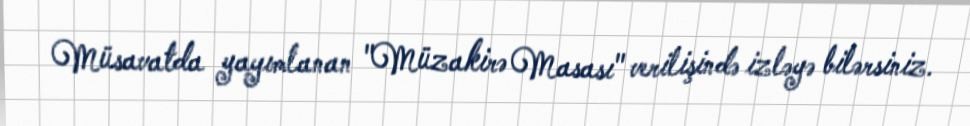
Müsavatda yayımlanan "Müzakirə Masası" verilişində izləyə bilərsiniz.